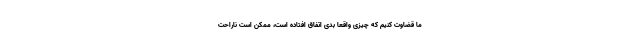
ما قضاوت کنیم که چیزی واقعا بدی اتفاق افتاده است، ممکن است ناراحت